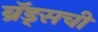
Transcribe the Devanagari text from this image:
ब्रॅड्सची